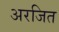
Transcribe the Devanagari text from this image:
अरजित